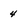
Character: 4